Scottish Certificate of Education, 1963
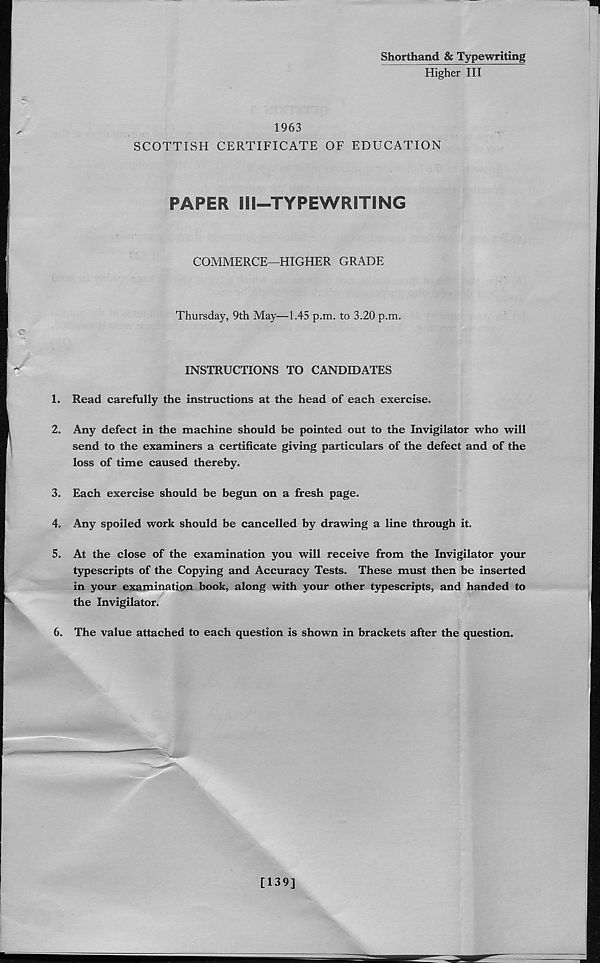
Shorthand & Typewriting
Higher III
1963
SCOTTISH CERTIFICATE OF EDUCATION
PAPER lll-TYPEWRITING
COMMERCE—HIGHER GRADE
Thursday, 9th May—1.45 p.m. to 3.20 p.m.
INSTRUCTIONS TO CANDIDATES
1. Read carefully the instructions at the head of each exercise.
2. Any defect in the machine should be pointed out to the Invigilator who will
send to the examiners a certificate giving particulars of the defect and of the
loss of time caused thereby.
3. Each exercise should be begun on a fresh page.
4. Any spoiled work should be cancelled by drawing a line through it.
5. At the close of the examination you will receive from the Invigilator your
typescripts of the Copying and Accuracy Tests. These must then be inserted
in your examination book, along with your other typescripts, and handed to
the Invigilator.
6. The value attached to each question is shown in brackets after the question.
[139]